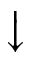
\big \downarrow